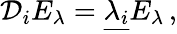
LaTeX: {\mathcal D}_{i}E_{\lambda}=\underline{{{\lambda_{i}}}}E_{\lambda}\, ,